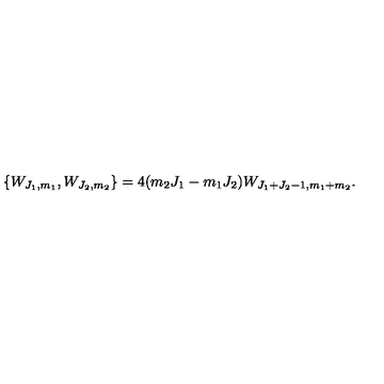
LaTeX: \{ W _ { J _ { 1 } , m _ { 1 } } , W _ { J _ { 2 } , m _ { 2 } } \} = 4 ( m _ { 2 } J _ { 1 } - m _ { 1 } J _ { 2 } ) W _ { J _ { 1 } + J _ { 2 } - 1 , m _ { 1 } + m _ { 2 } } .